Document type: Grant
Year: 1403
Scribe: Berenguer Pedrosell
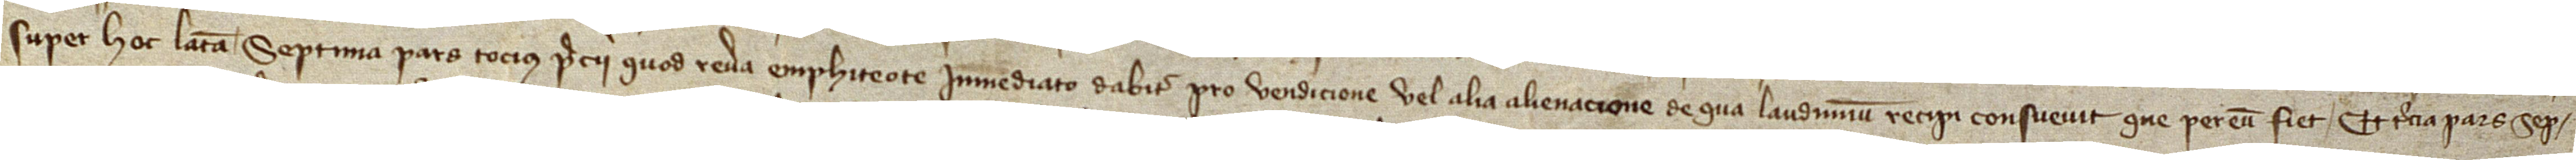
super hoc latam, septima pars tocius precii quod revera emphiteote immediato dabitur pro vendicione vel alia alienacione de qua laudimium recipi consuevit que per eum fiet. Et tercia pars sep-